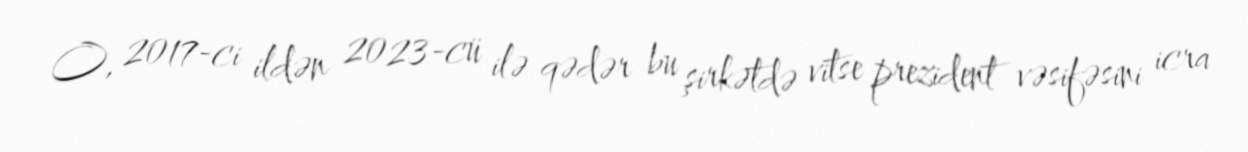
O, 2017-ci ildən 2023-cü ilə qədər bu şirkətdə vitse prezident vəsifəsini icra